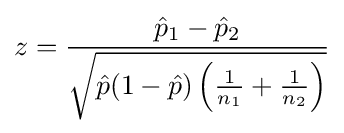
z={\frac {{\hat {p}}_{1}-{\hat {p}}_{2}}{\sqrt {{\hat {p}}(1-{\hat {p}})\left({\frac {1}{n_{1}}}+{\frac {1}{n_{2}}}\right)}}}